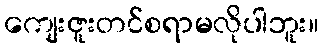
ကျေးဇူးတင်စရာမလိုပါဘူး။